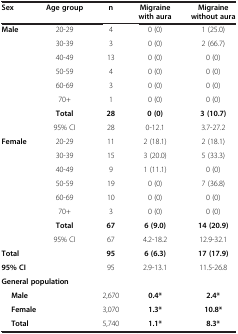
| Sex | Age group | n | Migraine with aura | Migraine without aura |
 | --- | --- | --- | --- | --- |
 | Male | 20-29 | 4 | 0 (0) | 1 (25.0) |
 |  | 30-39 | 3 | 0 (0) | 2 (66.7) |
 |  | 40-49 | 13 | 0 (0) | 0 (0) |
 |  | 50-59 | 4 | 0 (0) | 0 (0) |
 |  | 60-69 | 3 | 0 (0) | 0 (0) |
 |  | 70+ | 1 | 0 (0) | 0 (0) |
 |  | Total | 28 | 0 (0) | 3 (10.7) |
 |  | 95% CI | 28 | 0-12.1 | 3.7-27.2 |
 | Female | 20-29 | 11 | 2 (18.1) | 2 (18.1) |
 |  | 30-39 | 15 | 3 (20.0) | 5 (33.3) |
 |  | 40-49 | 9 | 1 (11.1) | 0 (0) |
 |  | 50-59 | 19 | 0 (0) | 7 (36.8) |
 |  | 60-69 | 10 | 0 (0) | 0 (0) |
 |  | 70+ | 3 | 0 (0) | 0 (0) |
 |  | Total | 67 | 6 (9.0) | 14 (20.9) |
 |  | 95% CI | 67 | 4.2-18.2 | 12.9-32.1 |
 | Total |  | 95 | 6 (6.3) | 17 (17.9) |
 | 95% CI |  | 95 | 2.9-13.1 | 11.5-26.8 |
 | <COLSPAN=2> General population |  |  |  |
 | <COLSPAN=2> Male | 2,670 | 0.4* | 2.4* |
 | <COLSPAN=2> Female | 3,070 | 1.3* | 10.8* |
 | <COLSPAN=2> Total | 5,740 | 1.1* | 8.3* |